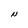
Character: N